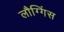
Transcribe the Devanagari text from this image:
लौग्गिंस